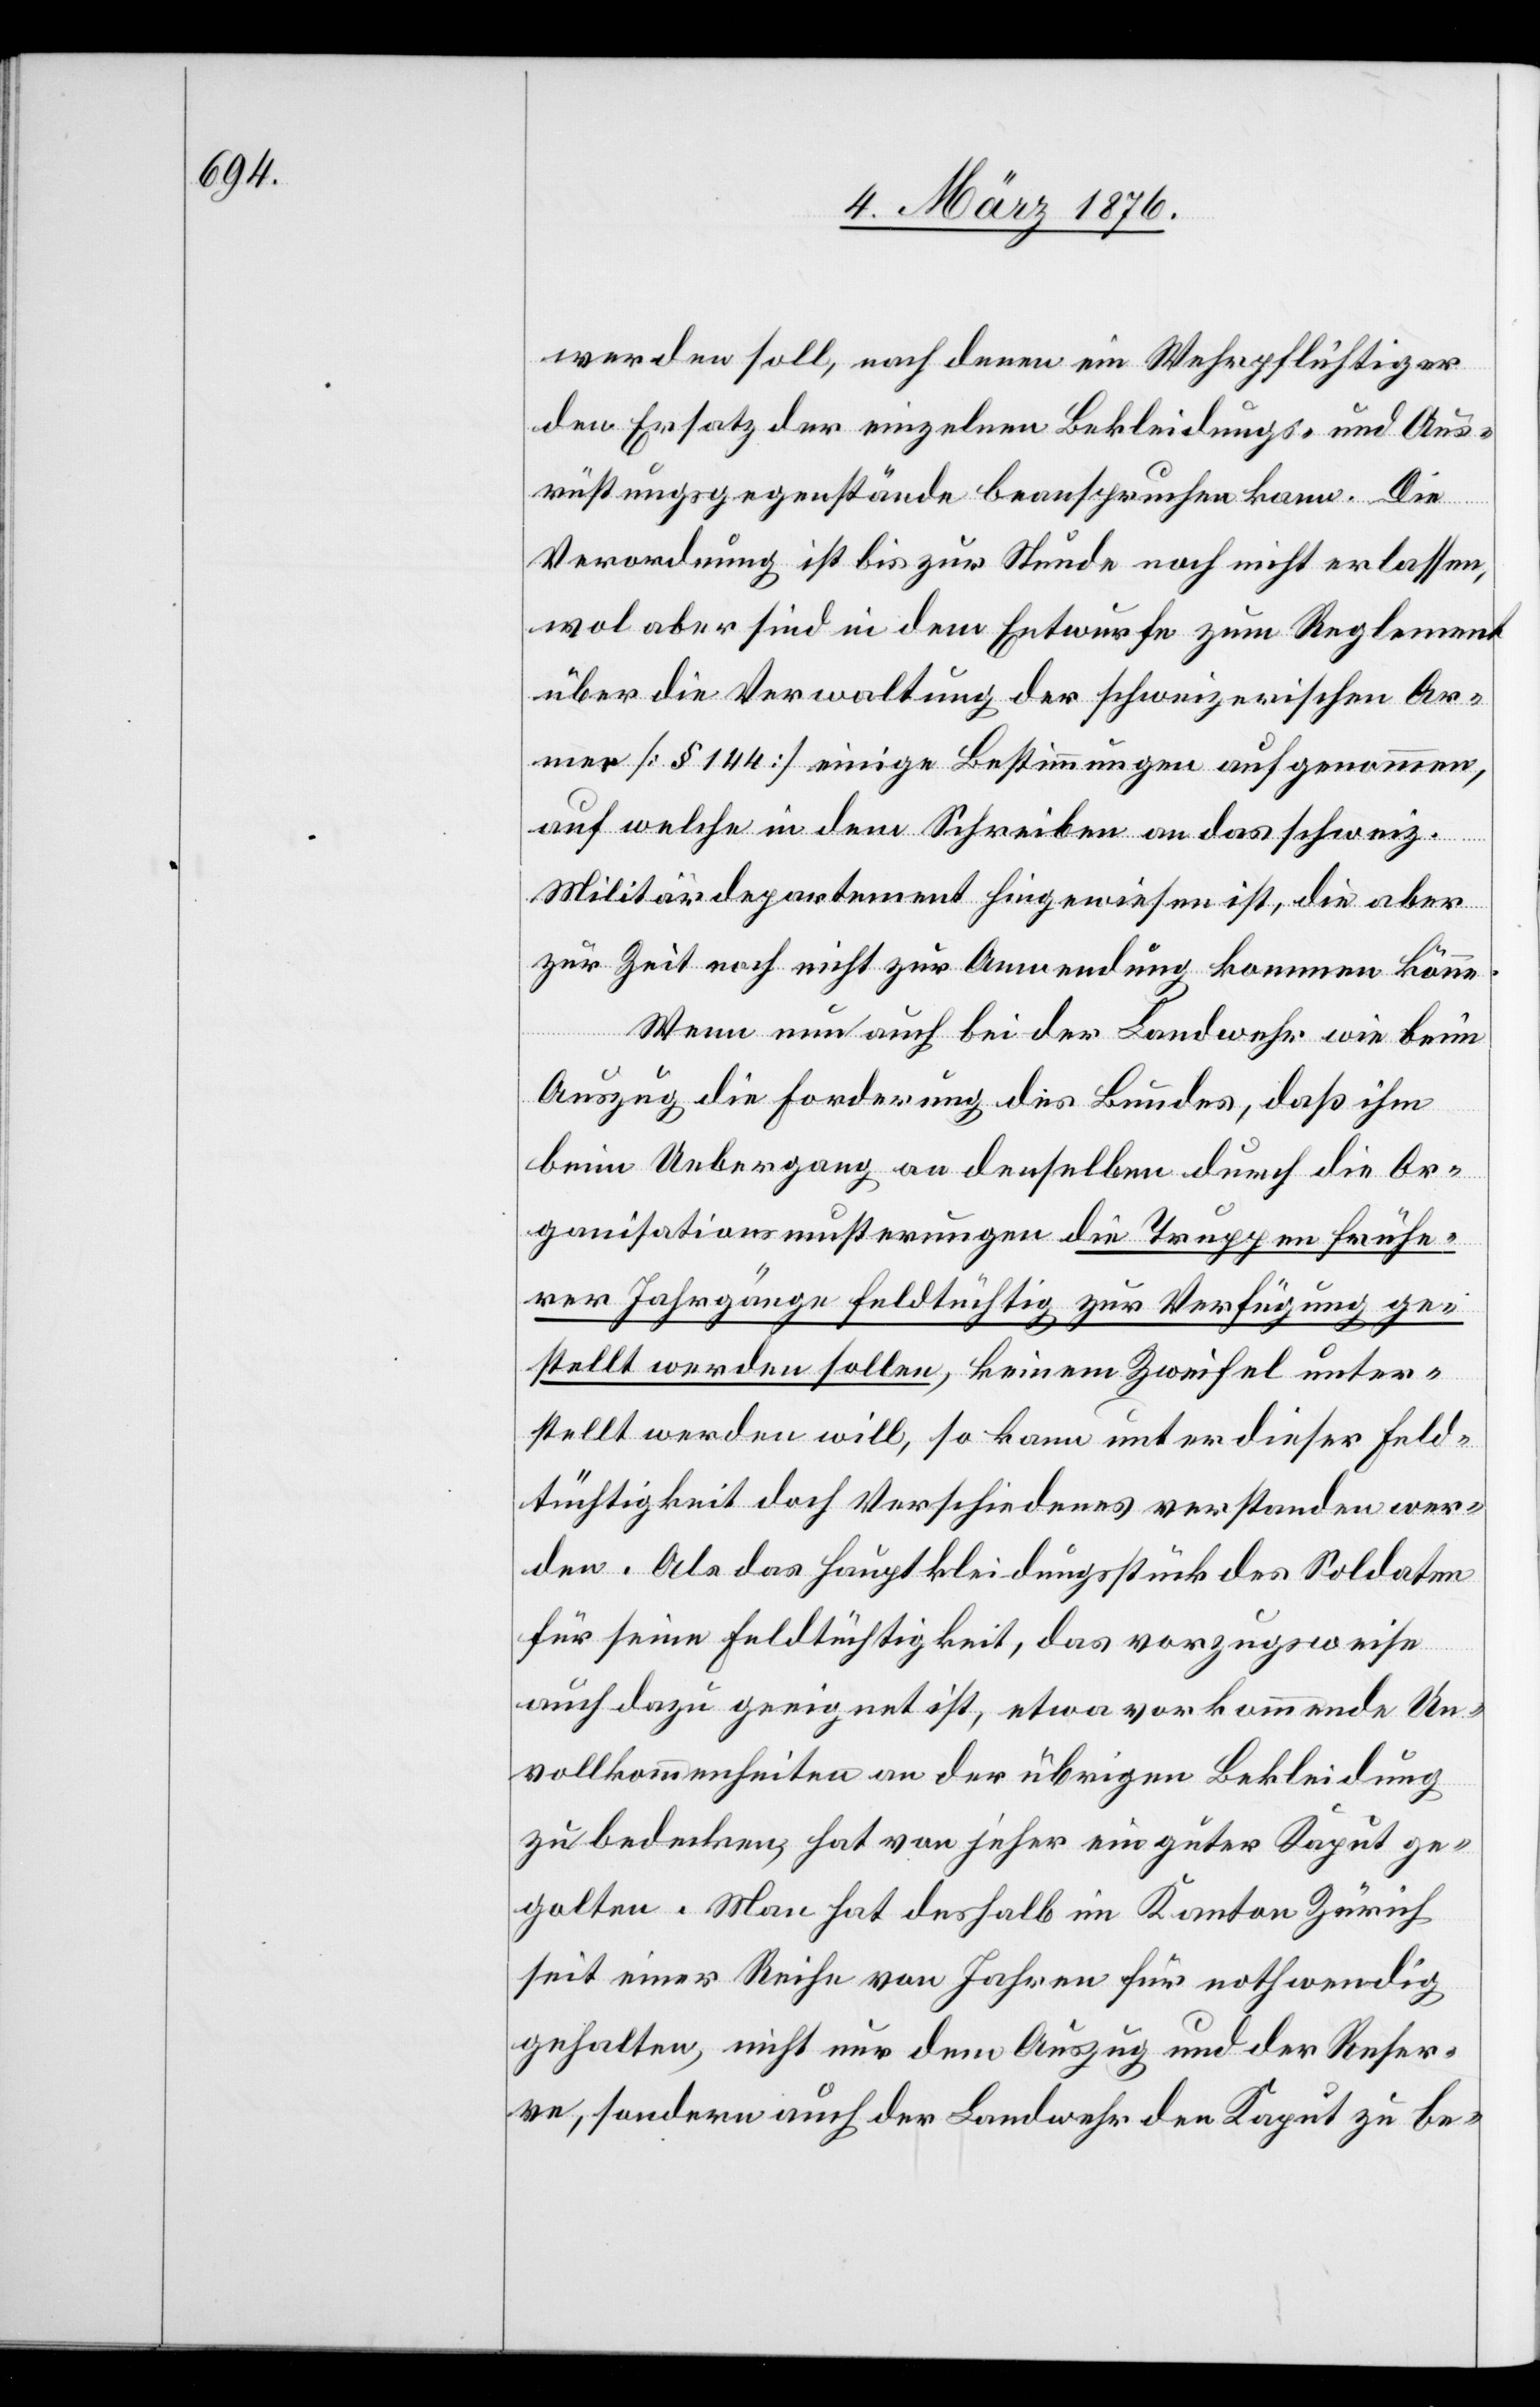
werden soll, nach denen ein Wehrpflichtiger
den Ersatz der einzelnen Bekleidungs- und Aus¬
rüstungsgegenstände beanspruchen kann. Die
Verordnung ist bis zur Stunde noch nicht erlassen,
wol aber sind in dem Entwurfe zum Reglement
über die Verwaltung der schweizerischen Ar¬
mee [§ 144] einige Bestimmungen aufgenommen,
auf welche in dem Schreiben an das schweiz.
Militärdepartement hingewiesen ist, die aber
zur Zeit noch nicht zur Anwendung kommen könne
Wenn nun auch bei der Landwehr wie beim
Auszug die Forderung des Bundes, daß ihm
beim Uebergang an denselben durch die Or¬
ganisationsmusterungen die Truppen frühe¬
rer Jahrgänge feldtüchtig zur Verfügung ge¬
stellt werden sollen, keinem Zweifel unter¬
stellt werden will, so kann unter dieser Feld¬
tüchtigkeit doch Verschiedenes verstanden wer¬
den. Als das Hauptkleidungsstück des Soldaten
für seine Feldtüchtigkeit, das vorzugsweise
auch dazu geeignet ist, etwa vorkommende Un¬
vollkommenheiten an der übrigen Bekleidung
zu bedecken, hat von jeher ein guter Kaput ge¬
golten. Man hat deshalb im Kanton Zürich
seit einer Reihe von Jahren für nothwendig
gehalten, nicht nur dem Auszug und der Reser¬
ve, sondern auch der Landwehr den Kaput zu be-